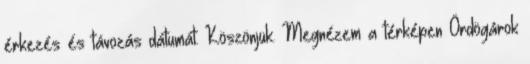
érkezés és távozás dátumát. Köszönjük. Megnézem a térképen Ördögárok